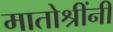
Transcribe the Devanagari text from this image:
मातोश्रींनी